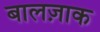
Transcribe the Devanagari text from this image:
बालज़ाक